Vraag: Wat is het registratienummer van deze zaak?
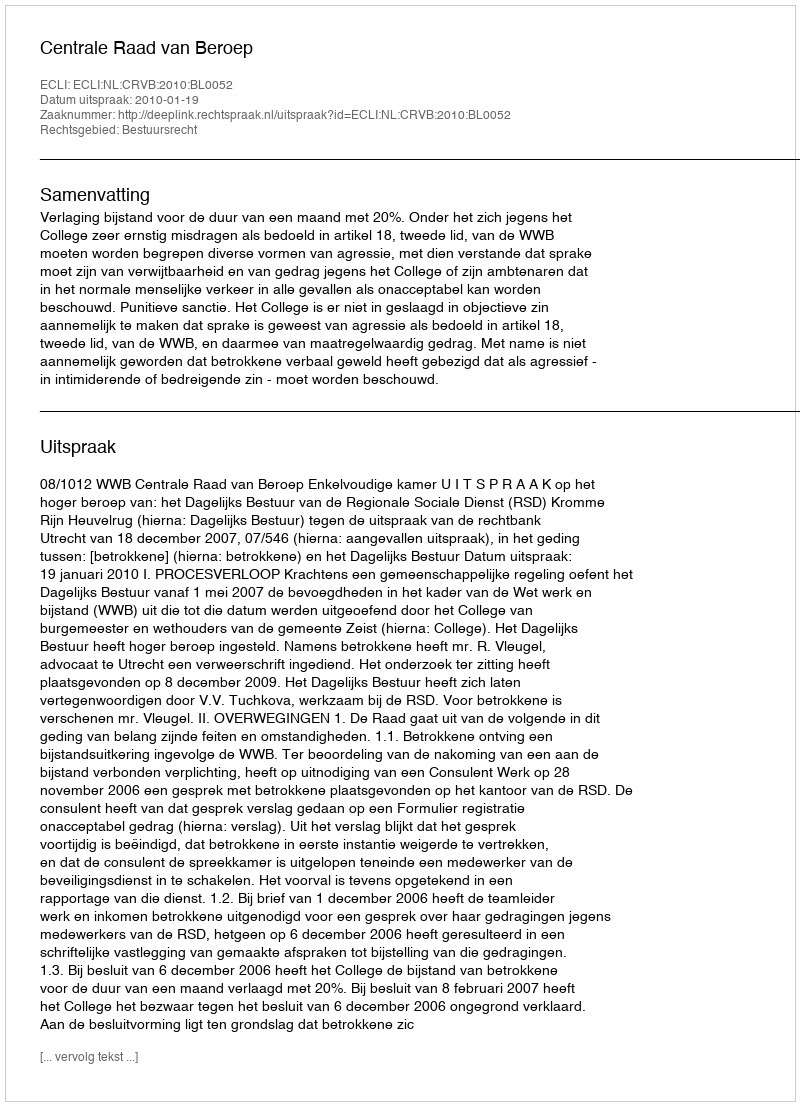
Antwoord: http://deeplink.rechtspraak.nl/uitspraak?id=ECLI:NL:CRVB:2010:BL0052